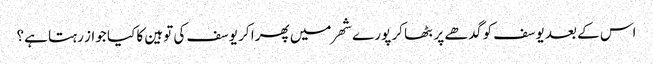
اس کے بعد یوسف کو گدھے پر بٹھا کر پورے شھر میں پھرا کر یوسف کی توہین کا کیا جواز رہتا ہے؟